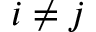
i \neq j